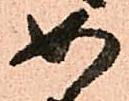
如